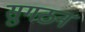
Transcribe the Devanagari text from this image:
सुगठन